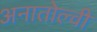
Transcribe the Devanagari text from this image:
अनातोल्वी